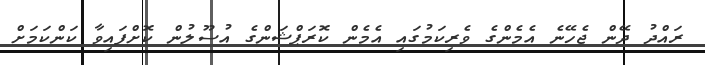
ރައްދު ދޭން ޖެހޭނެ އެމެންގެ ވެރިކަމުގައި އެމެން ކޮރަޕްޝަންގެ އުސޫލުން ކޮށްފައިވާ ކަންކަމަށް